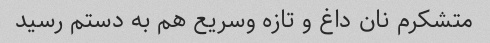
متشکرم نان داغ و تازه وسریع هم به دستم رسید